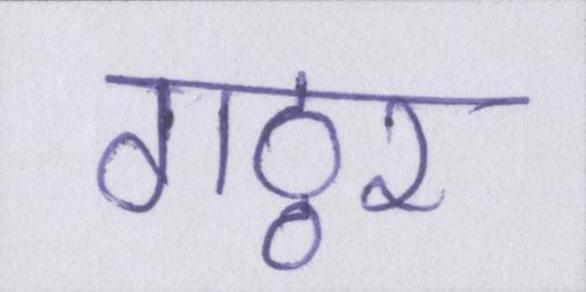
गठ्ठर